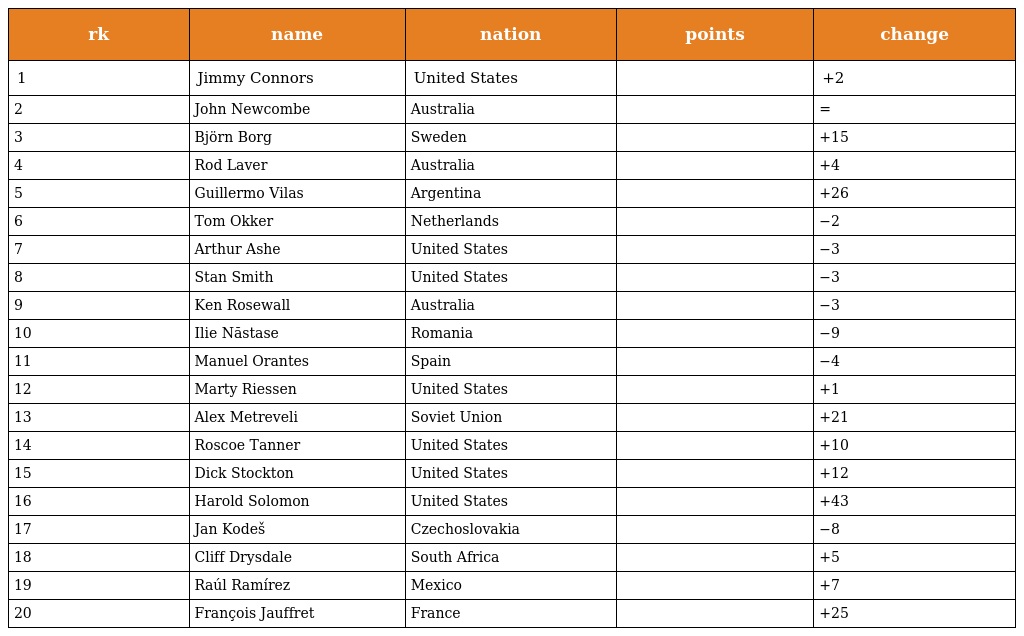
| rk | name | nation | points | change |
 | --- | --- | --- | --- | --- |
 | 1 | Jimmy Connors | United States |  | +2 |
 | 2 | John Newcombe | Australia |  | = |
 | 3 | Björn Borg | Sweden |  | +15 |
 | 4 | Rod Laver | Australia |  | +4 |
 | 5 | Guillermo Vilas | Argentina |  | +26 |
 | 6 | Tom Okker | Netherlands |  | −2 |
 | 7 | Arthur Ashe | United States |  | −3 |
 | 8 | Stan Smith | United States |  | −3 |
 | 9 | Ken Rosewall | Australia |  | −3 |
 | 10 | Ilie Năstase | Romania |  | −9 |
 | 11 | Manuel Orantes | Spain |  | −4 |
 | 12 | Marty Riessen | United States |  | +1 |
 | 13 | Alex Metreveli | Soviet Union |  | +21 |
 | 14 | Roscoe Tanner | United States |  | +10 |
 | 15 | Dick Stockton | United States |  | +12 |
 | 16 | Harold Solomon | United States |  | +43 |
 | 17 | Jan Kodeš | Czechoslovakia |  | −8 |
 | 18 | Cliff Drysdale | South Africa |  | +5 |
 | 19 | Raúl Ramírez | Mexico |  | +7 |
 | 20 | François Jauffret | France |  | +25 |